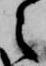
之